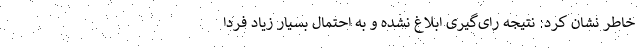
خاطر نشان کرد: نتیجه رای‌گیری ابلاغ نشده و به احتمال بسیار زیاد فردا